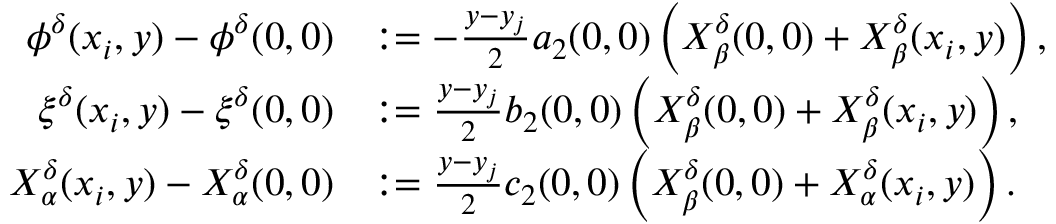
\begin{array} { r l } { \phi ^ { \delta } ( x _ { i } , y ) - \phi ^ { \delta } ( 0 , 0 ) } & { : = - \textstyle \frac { y - y _ { j } } { 2 } a _ { 2 } ( 0 , 0 ) \left( X _ { \beta } ^ { \delta } ( 0 , 0 ) + X _ { \beta } ^ { \delta } ( x _ { i } , y ) \right) , } \\ { \xi ^ { \delta } ( x _ { i } , y ) - \xi ^ { \delta } ( 0 , 0 ) } & { : = \textstyle \frac { y - y _ { j } } { 2 } b _ { 2 } ( 0 , 0 ) \left( X _ { \beta } ^ { \delta } ( 0 , 0 ) + X _ { \beta } ^ { \delta } ( x _ { i } , y ) \right) , } \\ { X _ { \alpha } ^ { \delta } ( x _ { i } , y ) - X _ { \alpha } ^ { \delta } ( 0 , 0 ) } & { : = \textstyle \frac { y - y _ { j } } { 2 } c _ { 2 } ( 0 , 0 ) \left( X _ { \beta } ^ { \delta } ( 0 , 0 ) + X _ { \alpha } ^ { \delta } ( x _ { i } , y ) \right) . } \end{array}